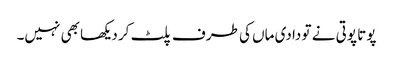
پوتا پوتی نے تو دادی ماں کی طرف پلٹ کر دیکھا بھی نہیں۔